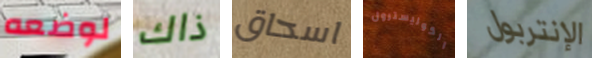
لوضعه ذاك اسحاق الكوليسترول الإنتربول